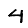
Digit: 4